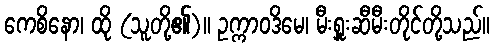
ကေစိနော၊ ထို (သူတို့၏)။ ဥက္ကာဝဒိမေ၊ မီးရှူးဆီမီးတိုင်တို့သည်။